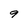
Character: 9